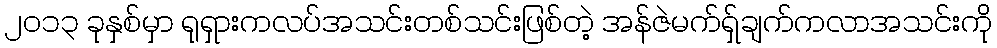
၂၀၁၃ ခုနှစ်မှာ ရုရှားကလပ်အသင်းတစ်သင်းဖြစ်တဲ့ အန်ဇဲမက်ရှ်ချက်ကလာအသင်းကို